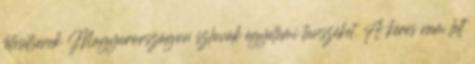
létesítsenek Magyarországon szlovák egyetemi tanszéket. A kérés nem lelt